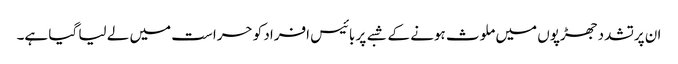
ان پرتشدد جھڑپوں میں ملوث ہونے کے شبے پر بائیس افراد کو حراست میں لے لیا گیا ہے۔